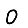
Digit: 0